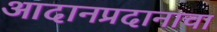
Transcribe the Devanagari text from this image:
आदानप्रदानाचा